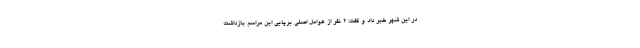
در این شهر خبر داد و گفت: ۲ نفر از عوامل اصلی برپایی این مراسم بازداشت